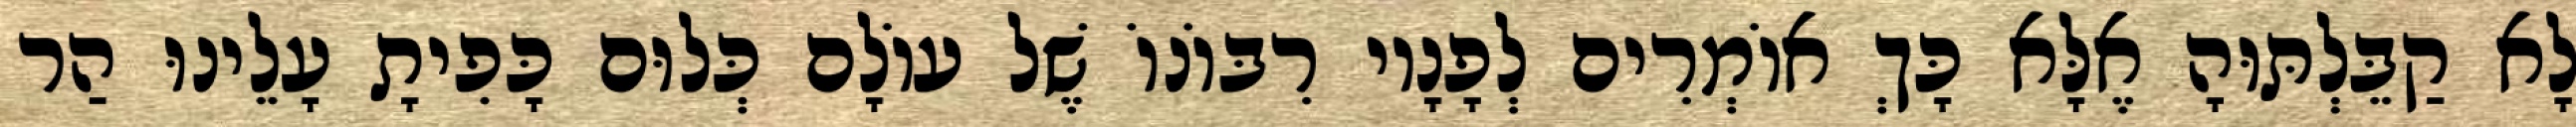
לָא קַבֵּלְתּוּהָ אֶלָּא כָּךְ אוֹמְרִים לְפָנָיו רִבּוֹנוֹ שֶׁל עוֹלָם כְּלוּם כָּפִיתָ עָלֵינוּ הַר